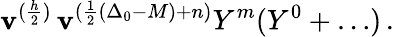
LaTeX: \mathbf{v}^{(\frac{{h}}{{2}})}\, \mathbf{v}^{(\frac{{1}}{{2}}(\Delta_{0}-M)+n)}Y^{m}(Y^{0}+\ldots)\, .